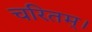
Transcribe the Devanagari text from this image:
चरितम्।